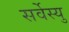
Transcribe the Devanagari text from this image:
सर्वेस्यु